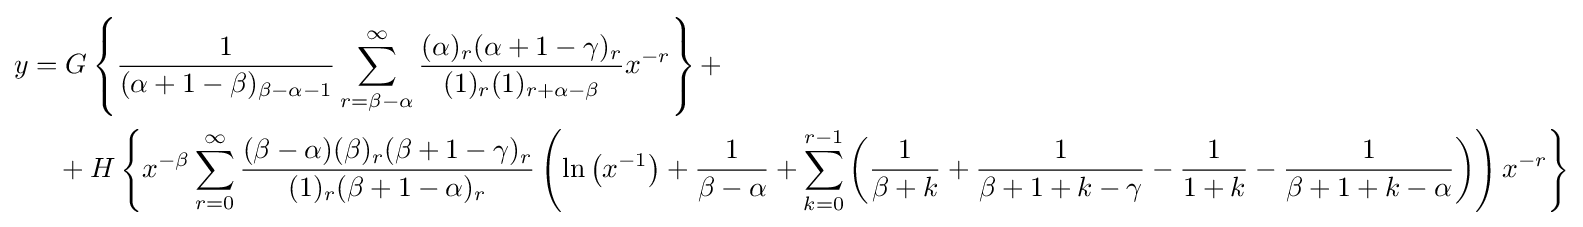
{\begin{aligned}y&=G\left\{{\frac {1}{(\alpha +1-\beta )_{\beta -\alpha -1}}}\sum _{r=\beta -\alpha }^{\infty }{\frac {(\alpha )_{r}(\alpha +1-\gamma )_{r}}{(1)_{r}(1)_{r+\alpha -\beta }}}x^{-r}\right\}+\\&\quad +H\left\{x^{-\beta }\sum _{r=0}^{\infty }{\frac {(\beta -\alpha )(\beta )_{r}(\beta +1-\gamma )_{r}}{(1)_{r}(\beta +1-\alpha )_{r}}}\left(\ln \left(x^{-1}\right)+{\frac {1}{\beta -\alpha }}+\sum _{k=0}^{r-1}\left({\frac {1}{\beta +k}}+{\frac {1}{\beta +1+k-\gamma }}-{\frac {1}{1+k}}-{\frac {1}{\beta +1+k-\alpha }}\right)\right)x^{-r}\right\}\end{aligned}}